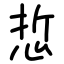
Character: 悊